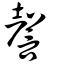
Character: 謦